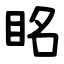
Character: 眳